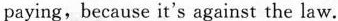
paying, because it's against the law.